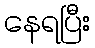
နေရပြီး